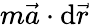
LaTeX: m\vec{a}\cdot\mathrm{d}\vec{r}